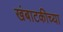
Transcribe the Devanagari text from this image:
खंबाटकीच्या